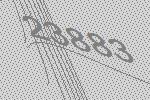
23883